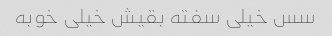
سس خیلی سفته بقیش خیلی خوبه